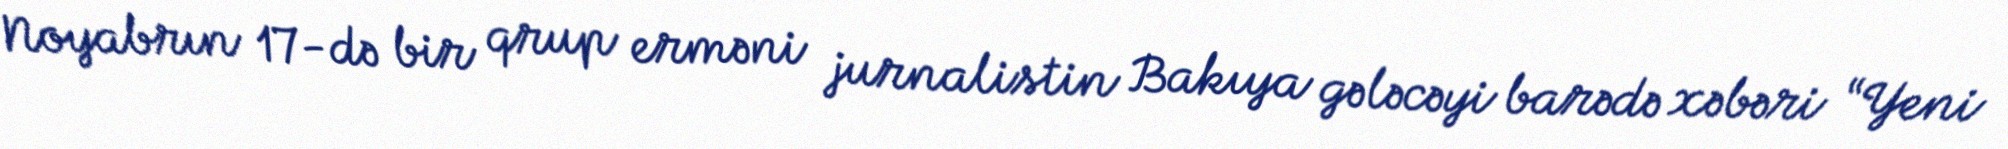
Noyabrın 17-də bir qrup erməni jurnalistin Bakıya gələcəyi barədə xəbəri “Yeni